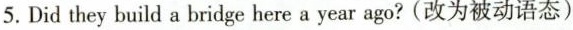
5. Did they build a bridge here a year ago?(改为被动语态)